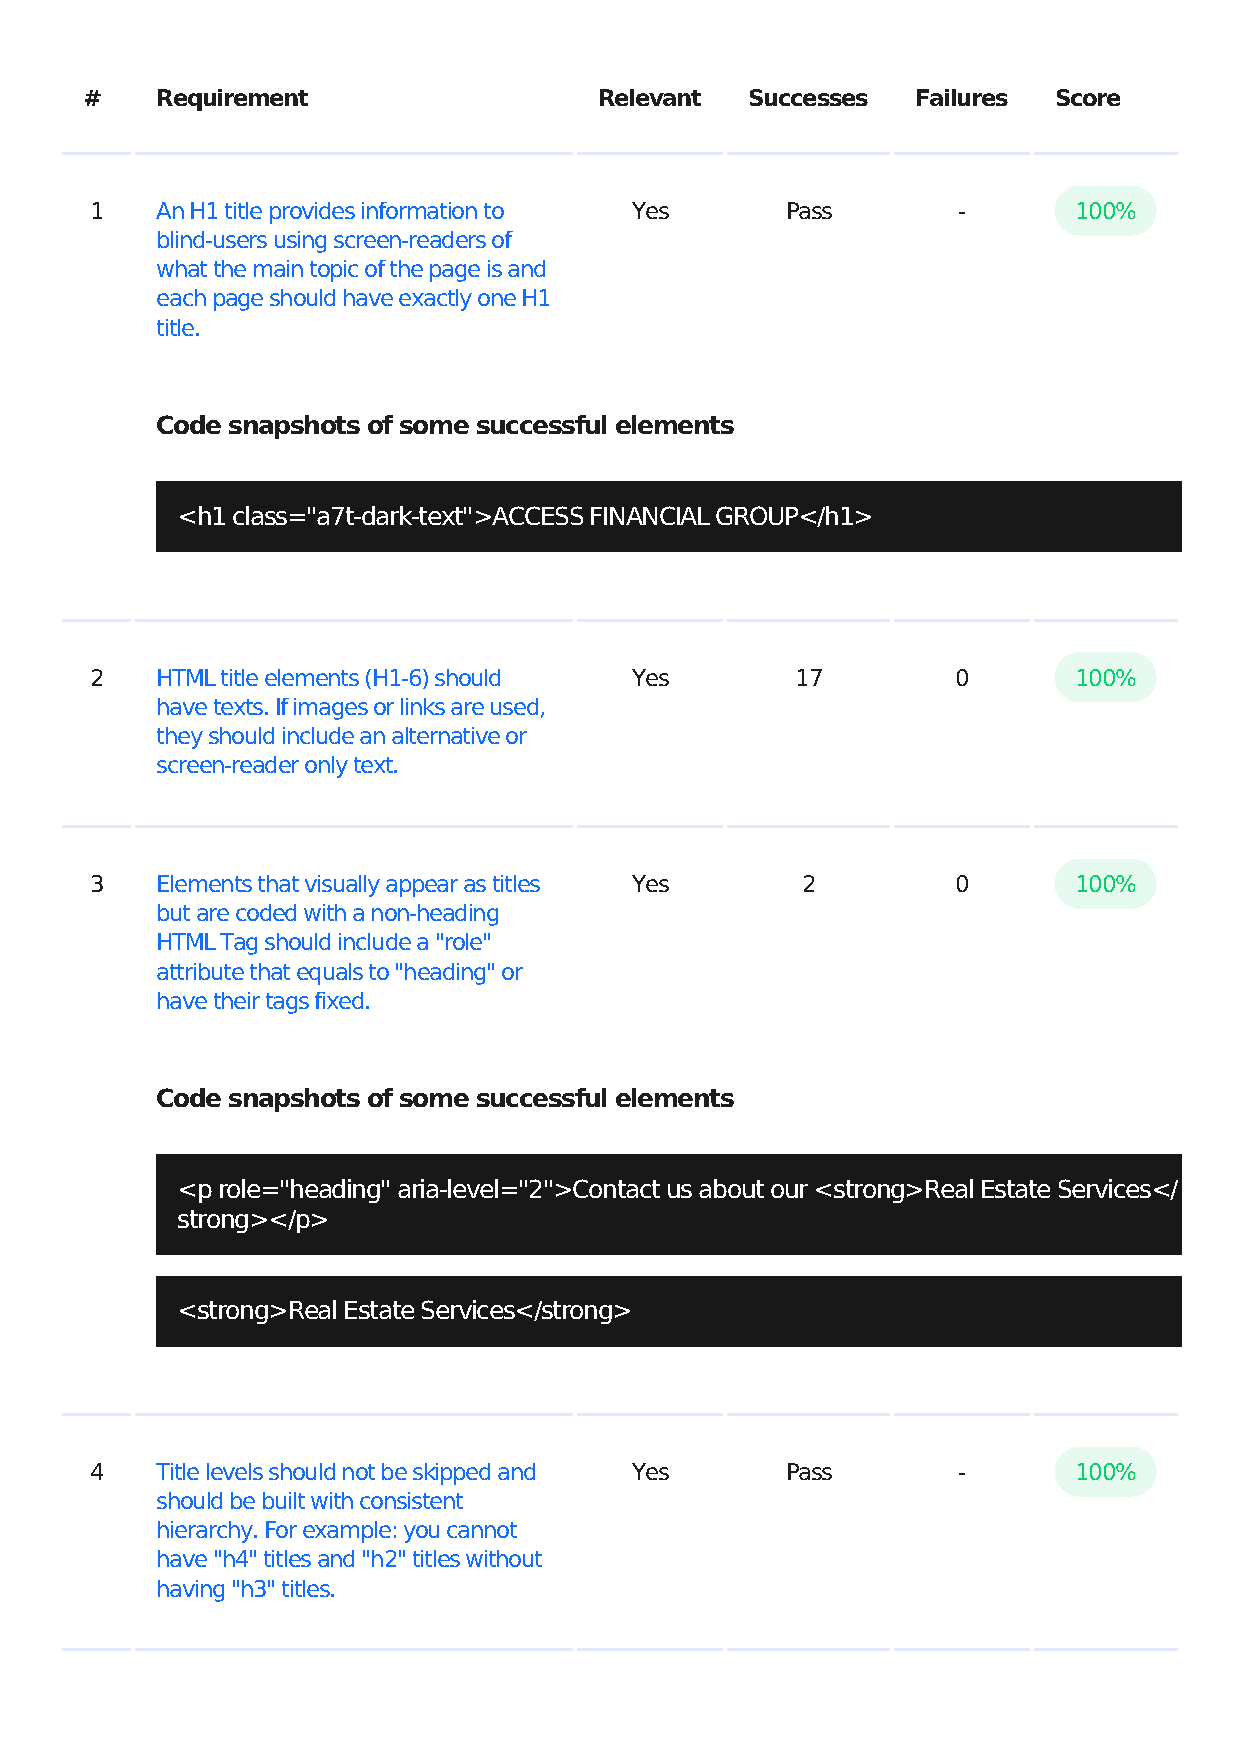
#   Requirement                   Relevant  Successes  Failures Score
 1   An H1 title provides information to Yes   Pass       -       100%
 blind-users using screen-readers of
 what the main topic of the page is and
 each page should have exactly one H1
 title.
 Code snapshots of some successful elements
 <h1 class="a7t-dark-text">ACCESS FINANCIAL GROUP</h1>
 2   HTML title elements (H1-6) should Yes      17        0       100%
 have texts. If images or links are used,
 they should include an alternative or
 screen-reader only text.
 3   Elements that visually appear as titles Yes 2        0       100%
 but are coded with a non-heading
 HTML Tag should include a "role"
 attribute that equals to "heading" or
 have their tags fixed.
 Code snapshots of some successful elements
 <p role="heading" aria-level="2">Contact us about our <strong>Real Estate Services</
 strong></p>
 <strong>Real Estate Services</strong>
 4   Title levels should not be skipped and Yes Pass      -       100%
 should be built with consistent
 hierarchy. For example: you cannot
 have "h4" titles and "h2" titles without
 having "h3" titles.